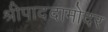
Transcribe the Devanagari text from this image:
श्रीपाददामोदर